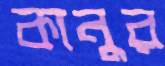
কানুর